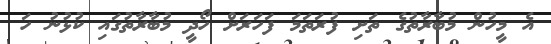
އެ މީހުން މުބާރާތުގެ ތަށި ފުރަތަމަ ފަހަރަށް ހޯދީ މުބާރާތުގައި ކުޅުނު ހަ